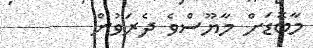
މާބޮޑަށް މާޔޫސްވެ ދެރަވުން